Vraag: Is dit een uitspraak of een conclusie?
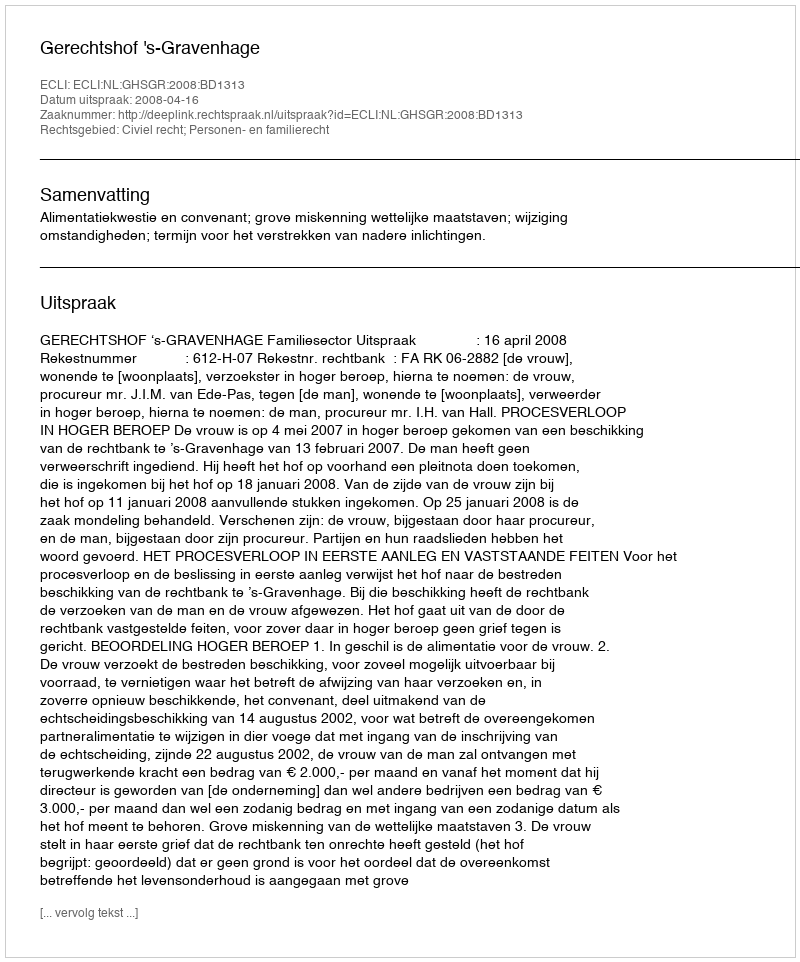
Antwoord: Uitspraak